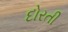
દોરતી